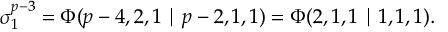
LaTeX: \sigma _ { 1 } ^ { p - 3 } = \Phi ( p - 4 , 2 , 1 \mid p - 2 , 1 , 1 ) = \Phi ( 2 , 1 , 1 \mid 1 , 1 , 1 ) .